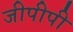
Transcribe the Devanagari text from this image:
जीपीपी